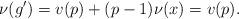
LaTeX: \begin{align*}\nu(g')=v(p)+(p-1)\nu(x)=v(p).\end{align*}